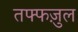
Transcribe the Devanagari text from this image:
तफ्फज़ुल